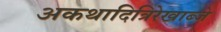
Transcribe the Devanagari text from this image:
अकथादित्रिरेखाब्जे